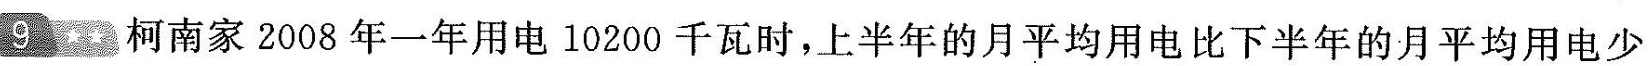
9柯南家2008年一年用电10200千瓦时，上半年的月平均用电比下半年的月平均用电少